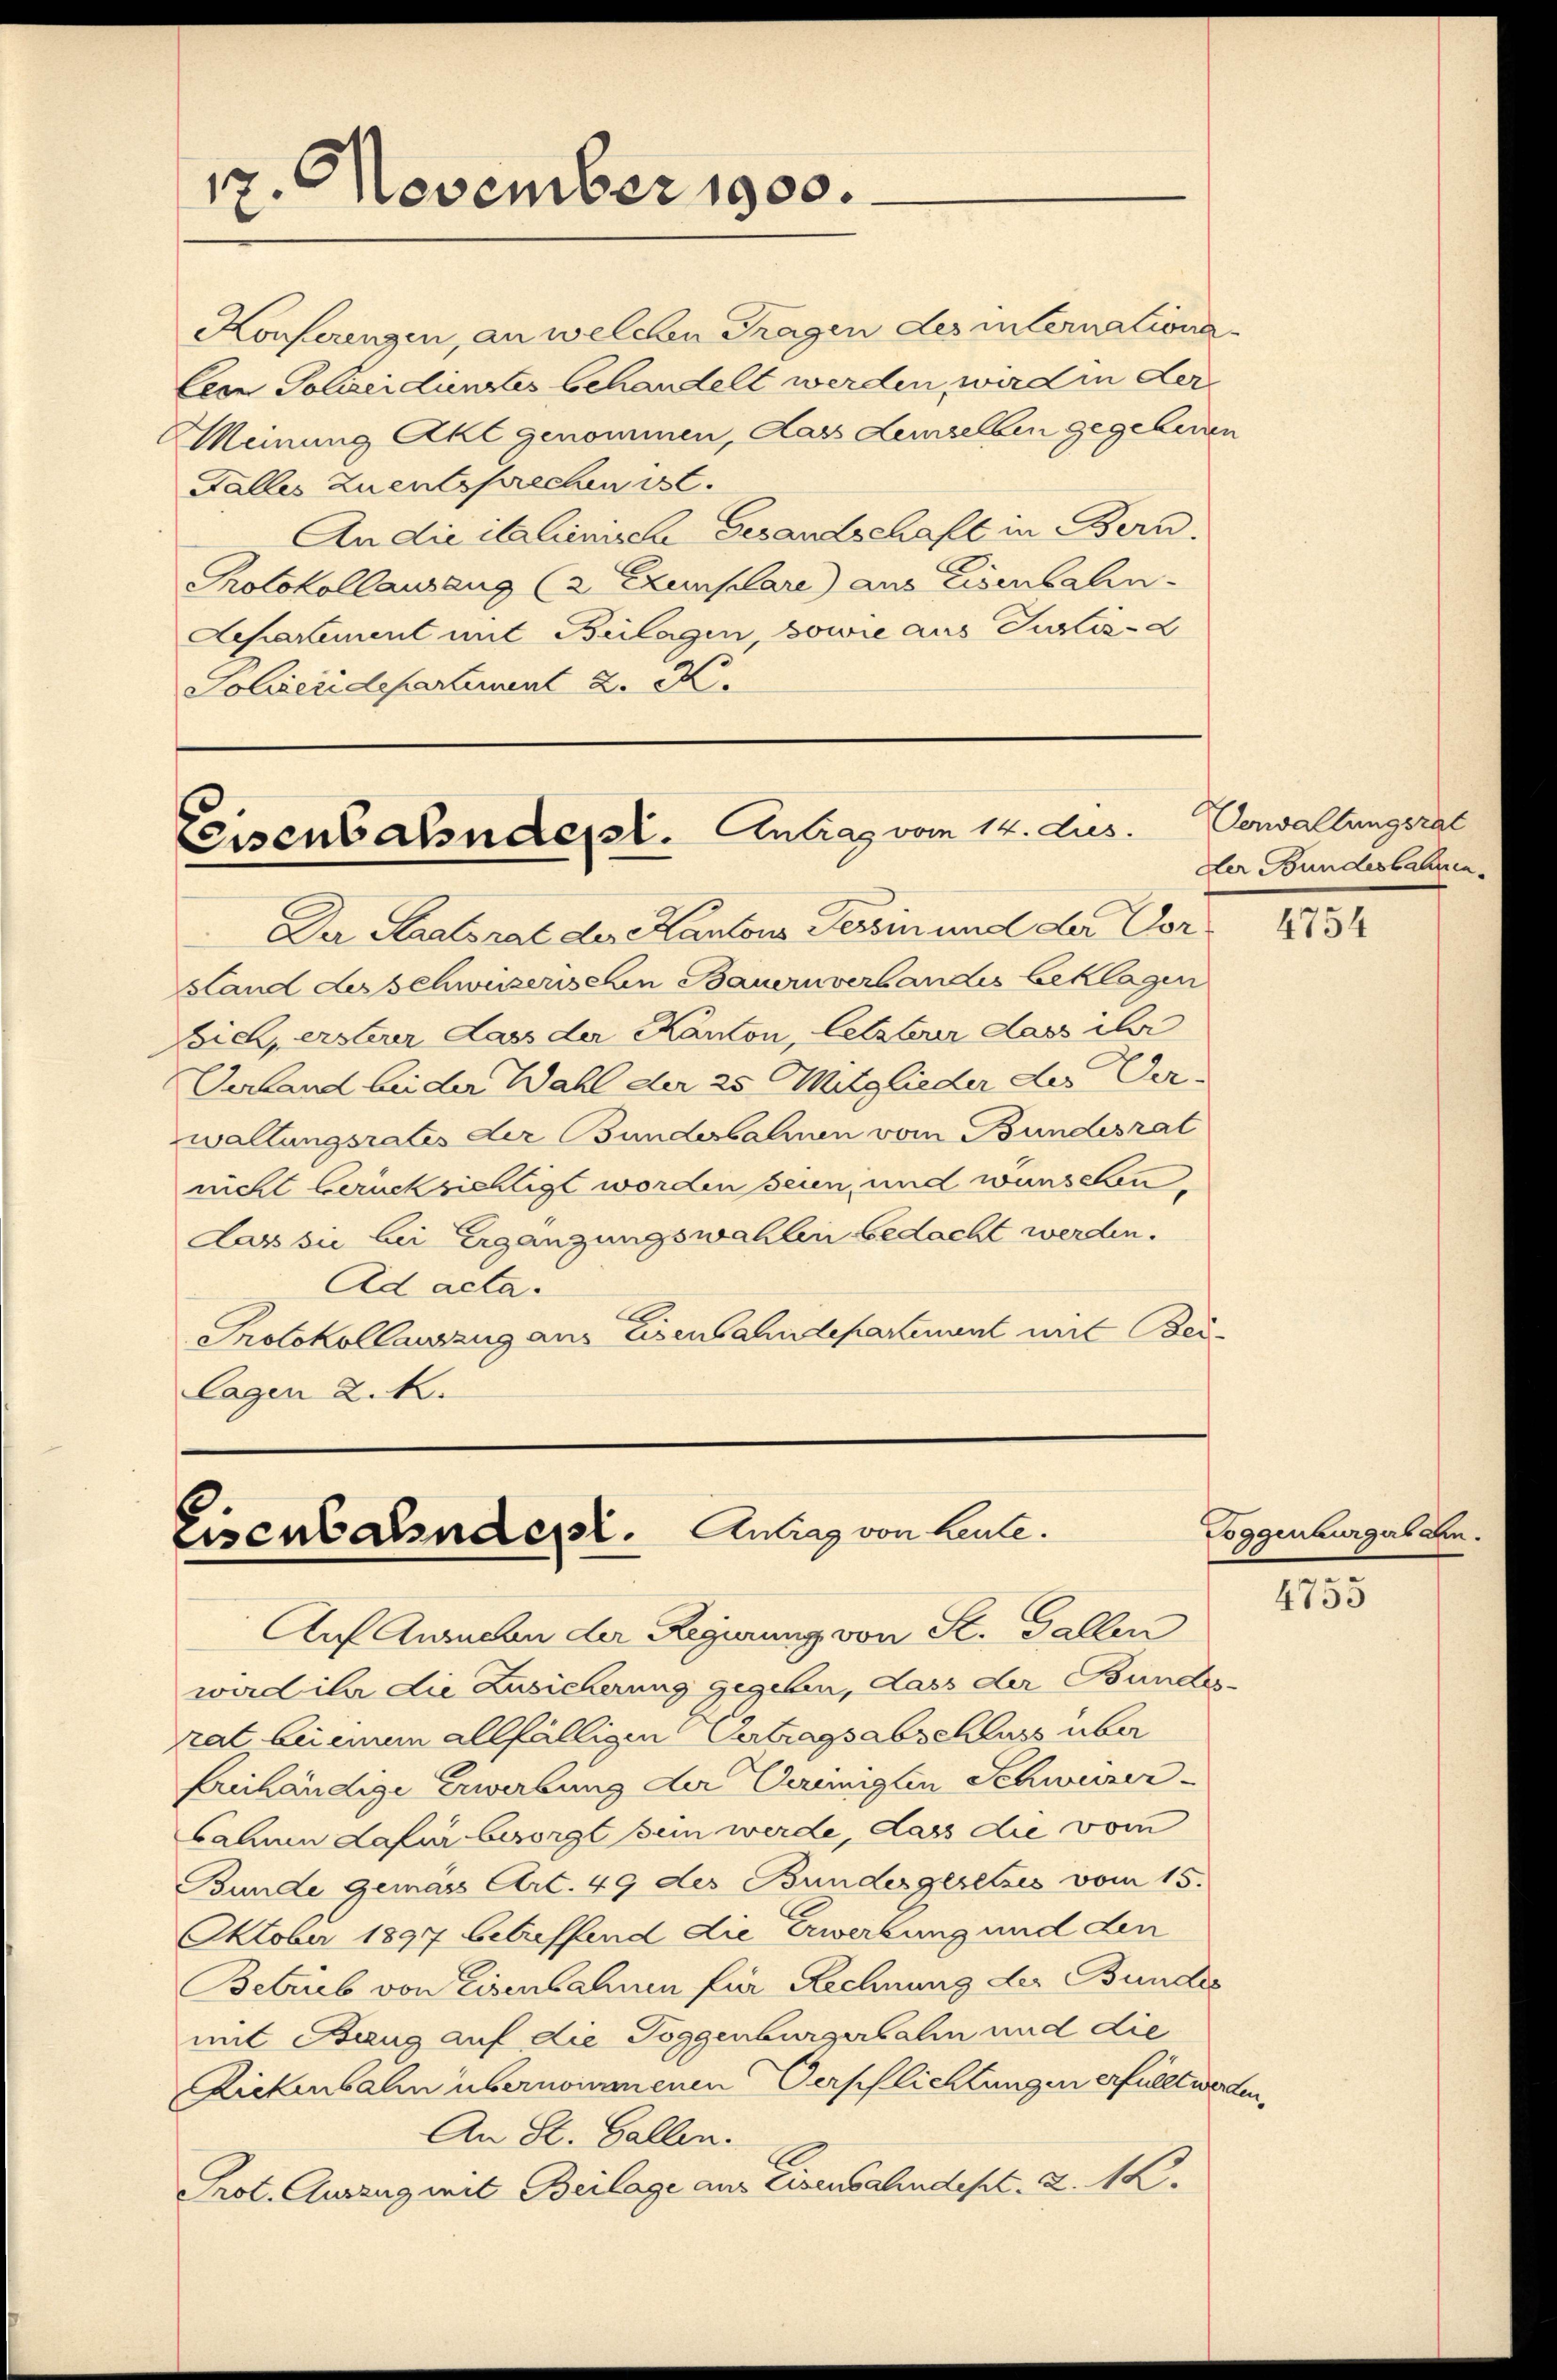
17. November 1900.

Teisenbahndert. Antrag vom 14. dus.

Konferengen, an welchen Fragen des internationa¬
Cemn Policidienstes behandelt werden, wird in der
Meinung Akt genommen, dass demselben gegebenen
Falles Zuentsprechen ist.
An die italienische Gesandschaft in Bern.
Protokollausung (2 Exemplare) aus Eisenbahn.
Aepakement mit Beilagen, sowie aus Justiz- &
Polizeidepartement 2. K.

Eisenbahndept. Antrag von Leute.

Der Staatsrat der Kantons Tessin und der Vorsland des schweizerischen Bauern verbandes beklagen
Eich, ersterer Lass der Kanton, letzterer dass ihr
Verland bei der Wahl der 25 Mitglieder der Ver-
wallungsrates der Bunderbahnen vom Bundesrat
nicht berücksichtigt worden seien, und wünschen,
das sie bei Ergängungswahlen bedacht werden.
Ad acta.
C
Protokollauszug aus eisenbahndepartement mit Beilagen 2. K.

Verwaltungsrat
Der Bundesbahnen.

Auf Ansuchen der Regierung von St. Gallen
ward ihr die Zusicherung gegeben, dass der Bundes-
rat beieim allfälligen Betragsabschluss über
Ernhändige Erwerbung der Vereinigten Schweizer-
sahnen dafür besorgt sein werde, dass die vom
Bunde gemäss Art. 49 des Bundesgesetzes vom 15.
Oktober 1897 betreffend die Erwerbung und den
Betrieb von Eisenbahnen für Rechnung der Bundes
mit Baug auf die Toggenburgerbalin und die
Rickenbahn übernommenen Verschlichtungen erfüllt werden.
An St. Gallen.
Prot. Auszug mit Beilage aus Eisenbahndept. d. 1.

4754

Toggenburgerbal

4753